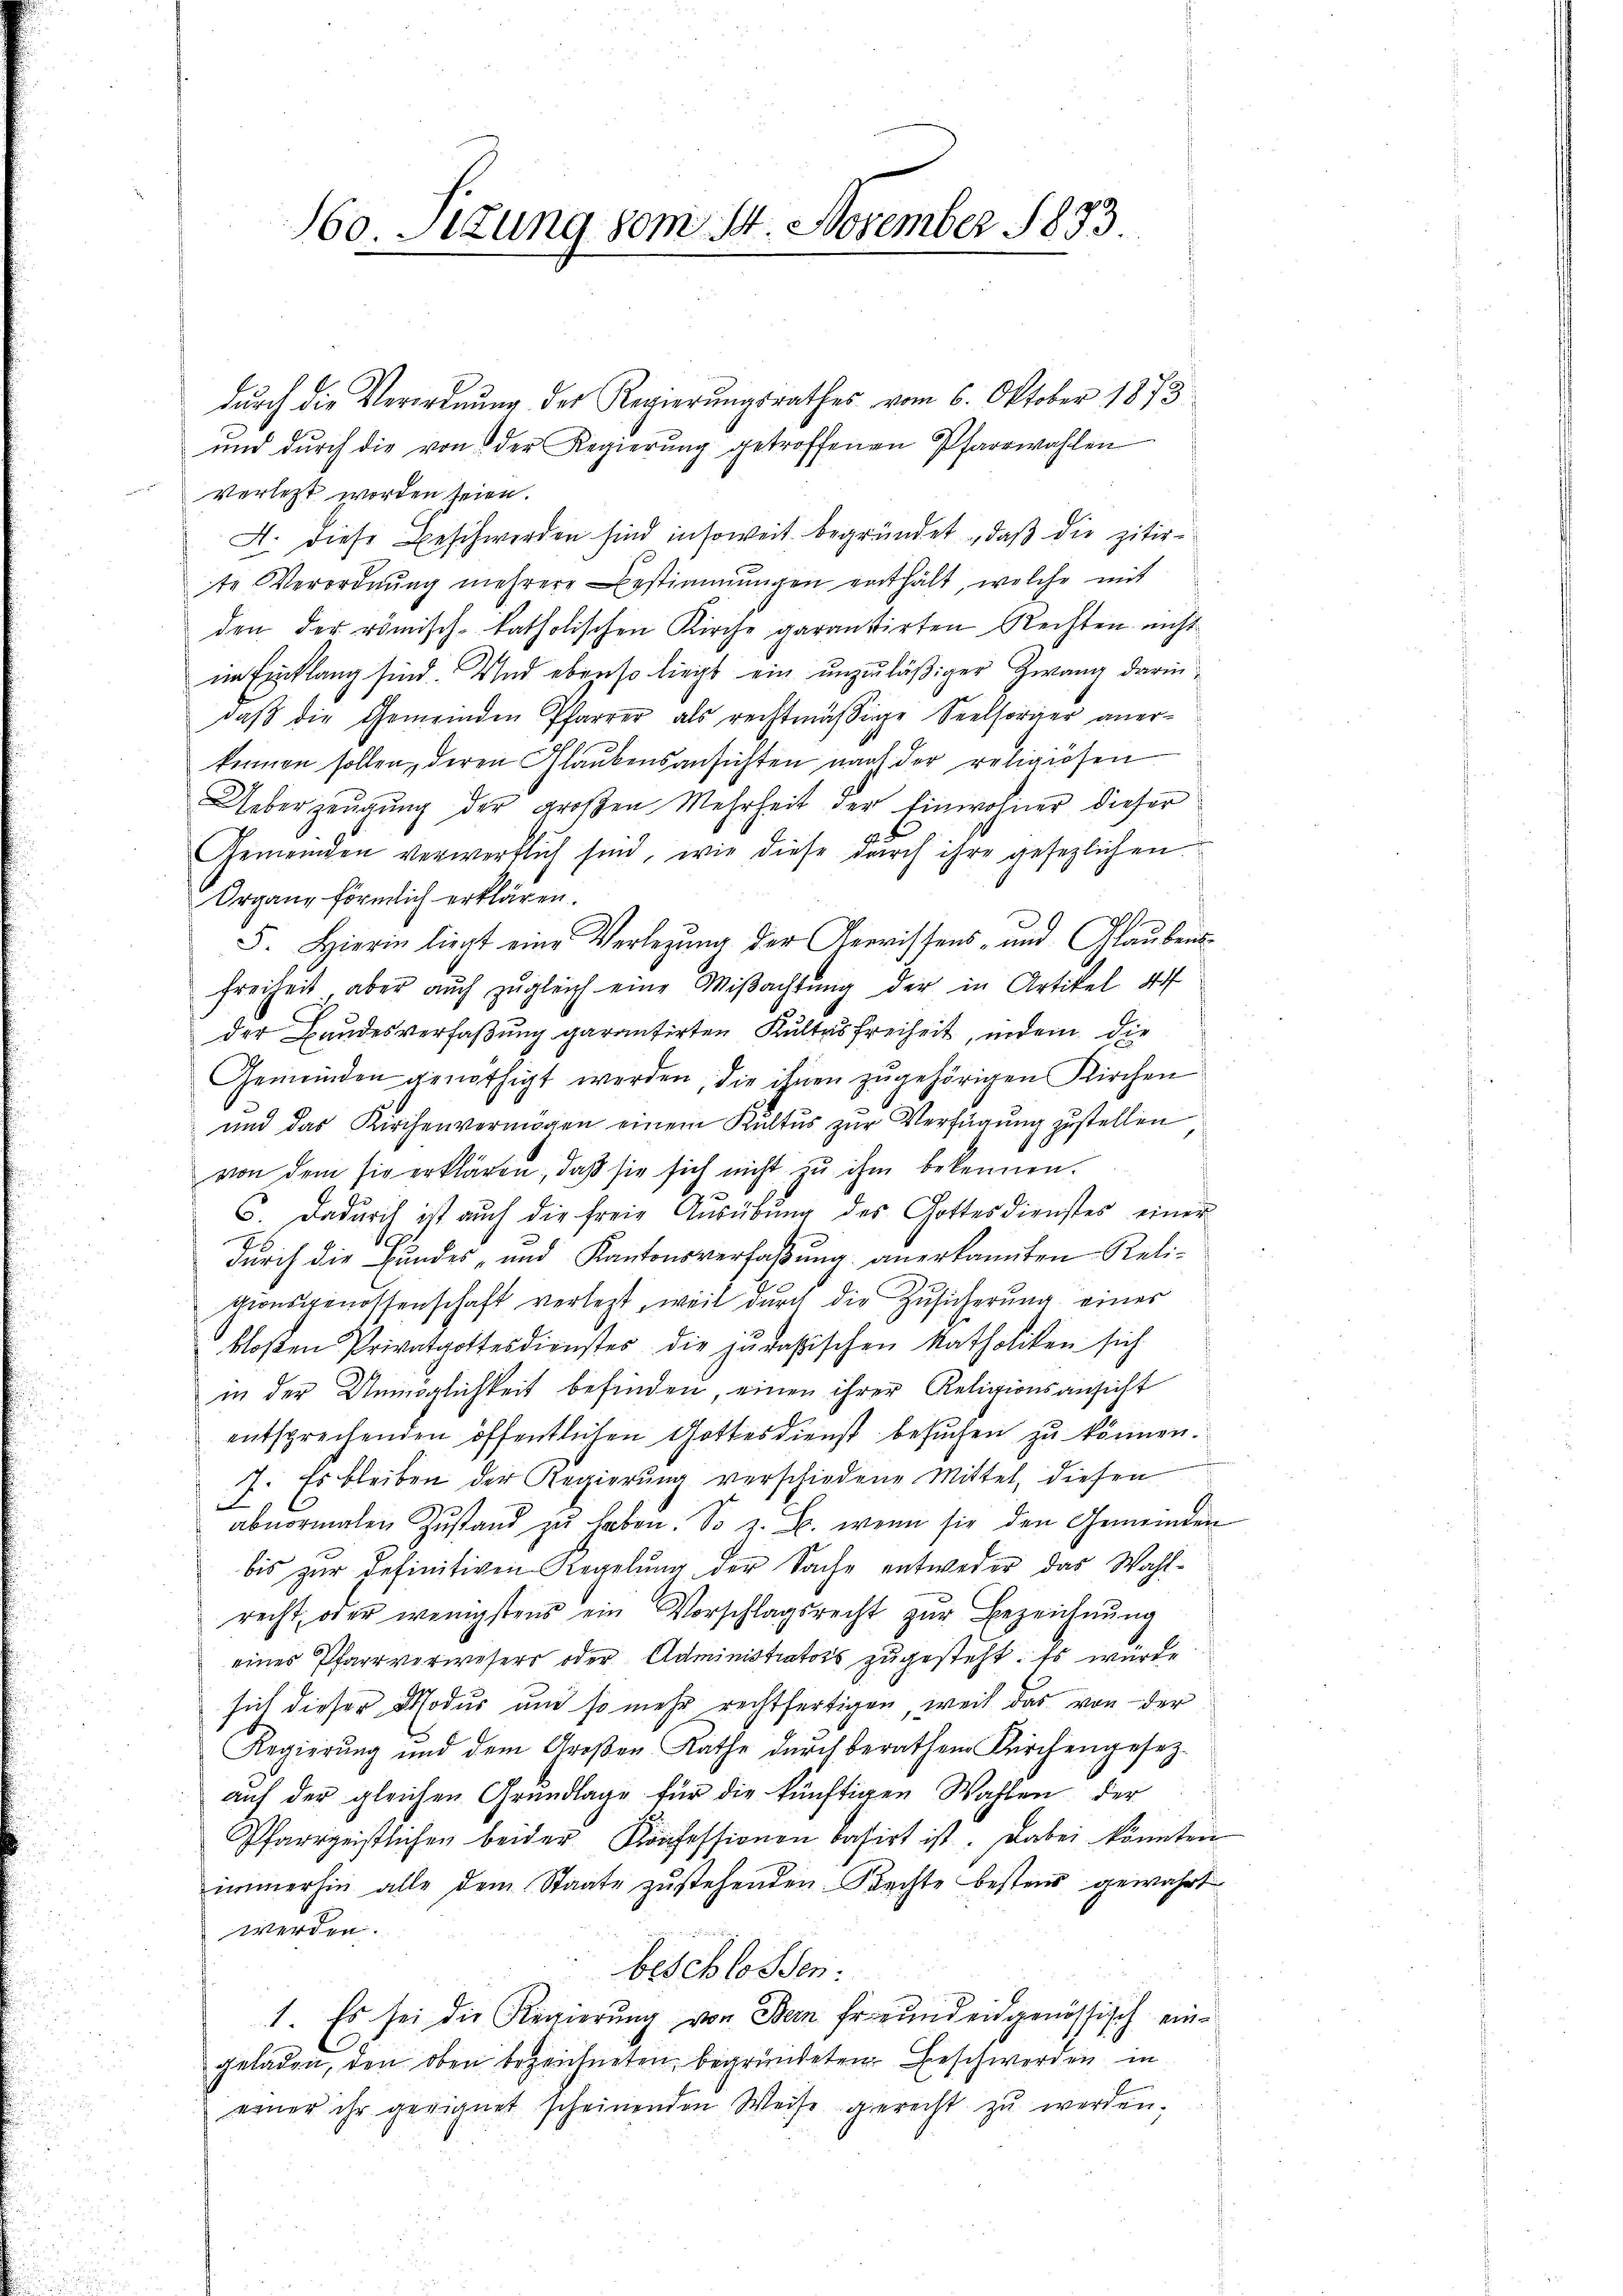
160. Situng vom 24. November 1873.

durch die Verordnung der Regierungsrathes vom 6. Oktober 1873
und dŭrch die von der Regierŭng getroffenen Pfarrwahlen
verletzt worden seien.
A. diese Beschwerden sind insoweit begründet, daß die zitirte Verordnŭng mehrere Bestimmungen enthält, welche mit
den der römisch-katholischen Kirche garantirten Rechten nicht
im Einklang sind. Und ebenso liegt ein unzuläßiger Zwang darin,
daβ die Gemeinden Pfarrer als rechtmäßige Seelsorger aner-
kennen sollen, deren Glaubensansichten nach der religiösen
Ueberzeugung der großen Mehrheit der Einwohner dieser
Gemeinden verwerflich sind, wie diese durch ihre gesezlichen
Organe förmlich erklären.
F. Hierin liegt eine Verlegung der Gewissens- und Glaubens¬
Freiheit, aber auch zugleich eine Mißachtung der in Artikel 44
der Bandesverfaßung garantirten Kultas freiheit, indem die
Gemeinden genöthigt werden, die ihnen zugehörigen Kirchen
und das Kirchenvermögen einem Kultus zur Verfügung zustellen
von dem sie erklären, daß sie sich nicht zu ihm bekennen.
6. Dadurch ist auch die freie Ausübung des Gottesdienstes einer
durch die Bundes- und Kantonsverfaßung anerkannten Religionsgenossenschaft verletzt, weil durch die Zusicherung eines
kloßen Privatgottesdienster die jurassischen Katholiken sich
in der Unmöglichkeit befinden, einen ihrer Religionsansicht
entsprechenden öffentlichen Gottesdienst besuchen zu können.
7. Es bleiben der Regierung verschiedene Mittel, diesen
b
abnormalen Zŭstand zŭ haben. So z. B. wenn sie den Gemeinden
bis zŭr definitiven Regelŭng der Sache entweder das Wahl-
recht, oder wenigstens ein Vorschlagsrecht zur Bezeichnung
eines Pfarrverwesers oder Administrators zugesteht. Es würde
sich dieser Modus um so mehr rechtfertigen, weil das von der
Regierŭng und dem Groβen Rathe dŭrch berathen Kirchengesez-
auf der gleichen Grundlage für die künftigen Wahlen der
Pfarrgeistlichen beider Konfessionen basirt ist. Dabei könnten
immerhin alle dem Staate zustehenden Rechte besters gewährt
werden.
beschlossen:
1. Es sei die Regierung von Bern freundeidgenössisch eingeladen, den oben bezeichneten, begründeten Beschwerden in
einer ihr geeignet scheinenden Weise gerecht zu werden.